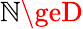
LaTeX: \mathbb{N}\geD